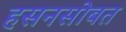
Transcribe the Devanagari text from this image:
हसनसोबत